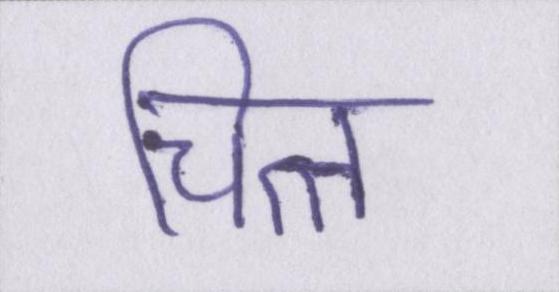
चित्त